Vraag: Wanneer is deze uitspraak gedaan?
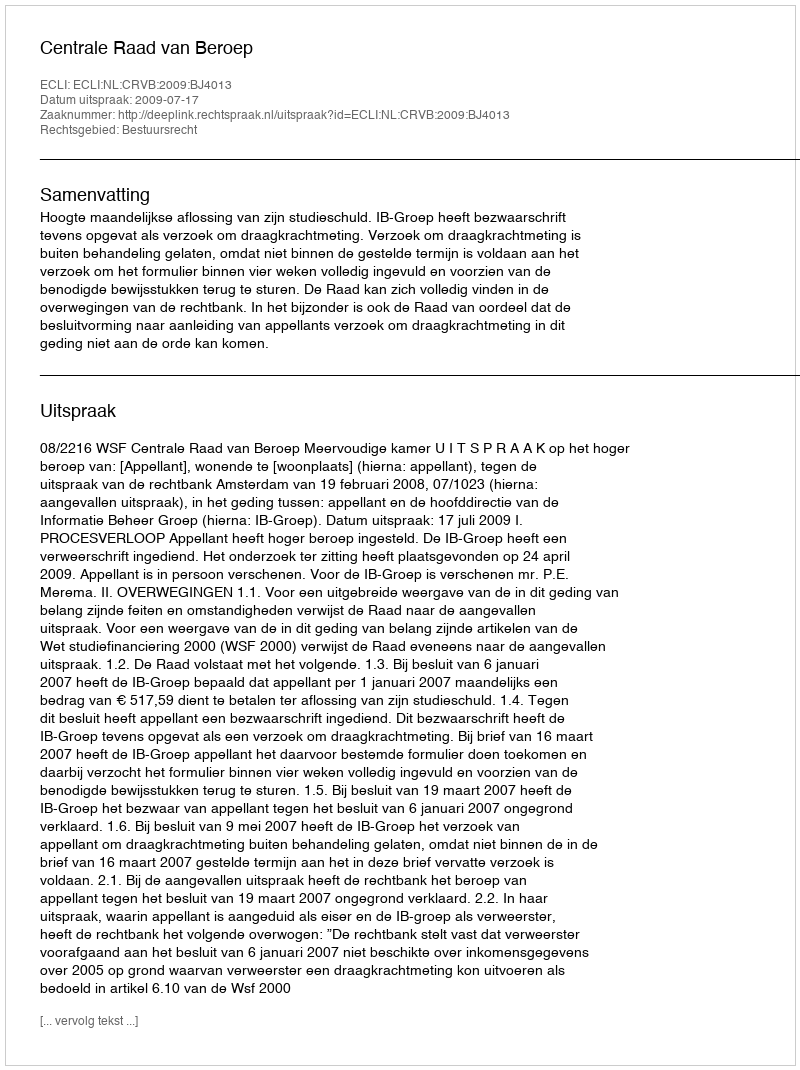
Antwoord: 2009-07-17